Lunatic asylums United Provinces 1899-1908 - 1899-1908
Year: 1899
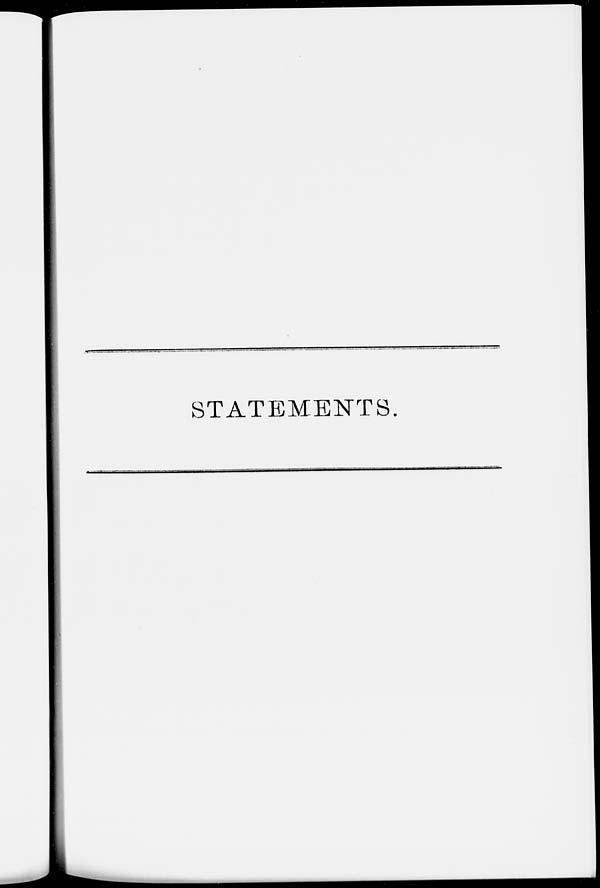
STATEMENTS.